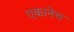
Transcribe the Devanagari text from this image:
एकानेच